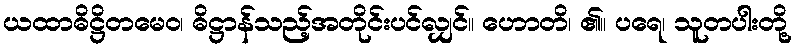
ယထာဓိဋ္ဌိတမေဝ၊ ဓိဋ္ဌာန်သည့်အတိုင်းပင်လျှင်။ ဟောတိ၊ ၏။ ပရေ၊ သူတပါးတို့